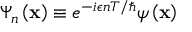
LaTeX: \Psi _ { n } \left( \mathbf { x } \right) \equiv e ^ { - i \epsilon n T / \hbar } \psi \left( \mathbf { x } \right)